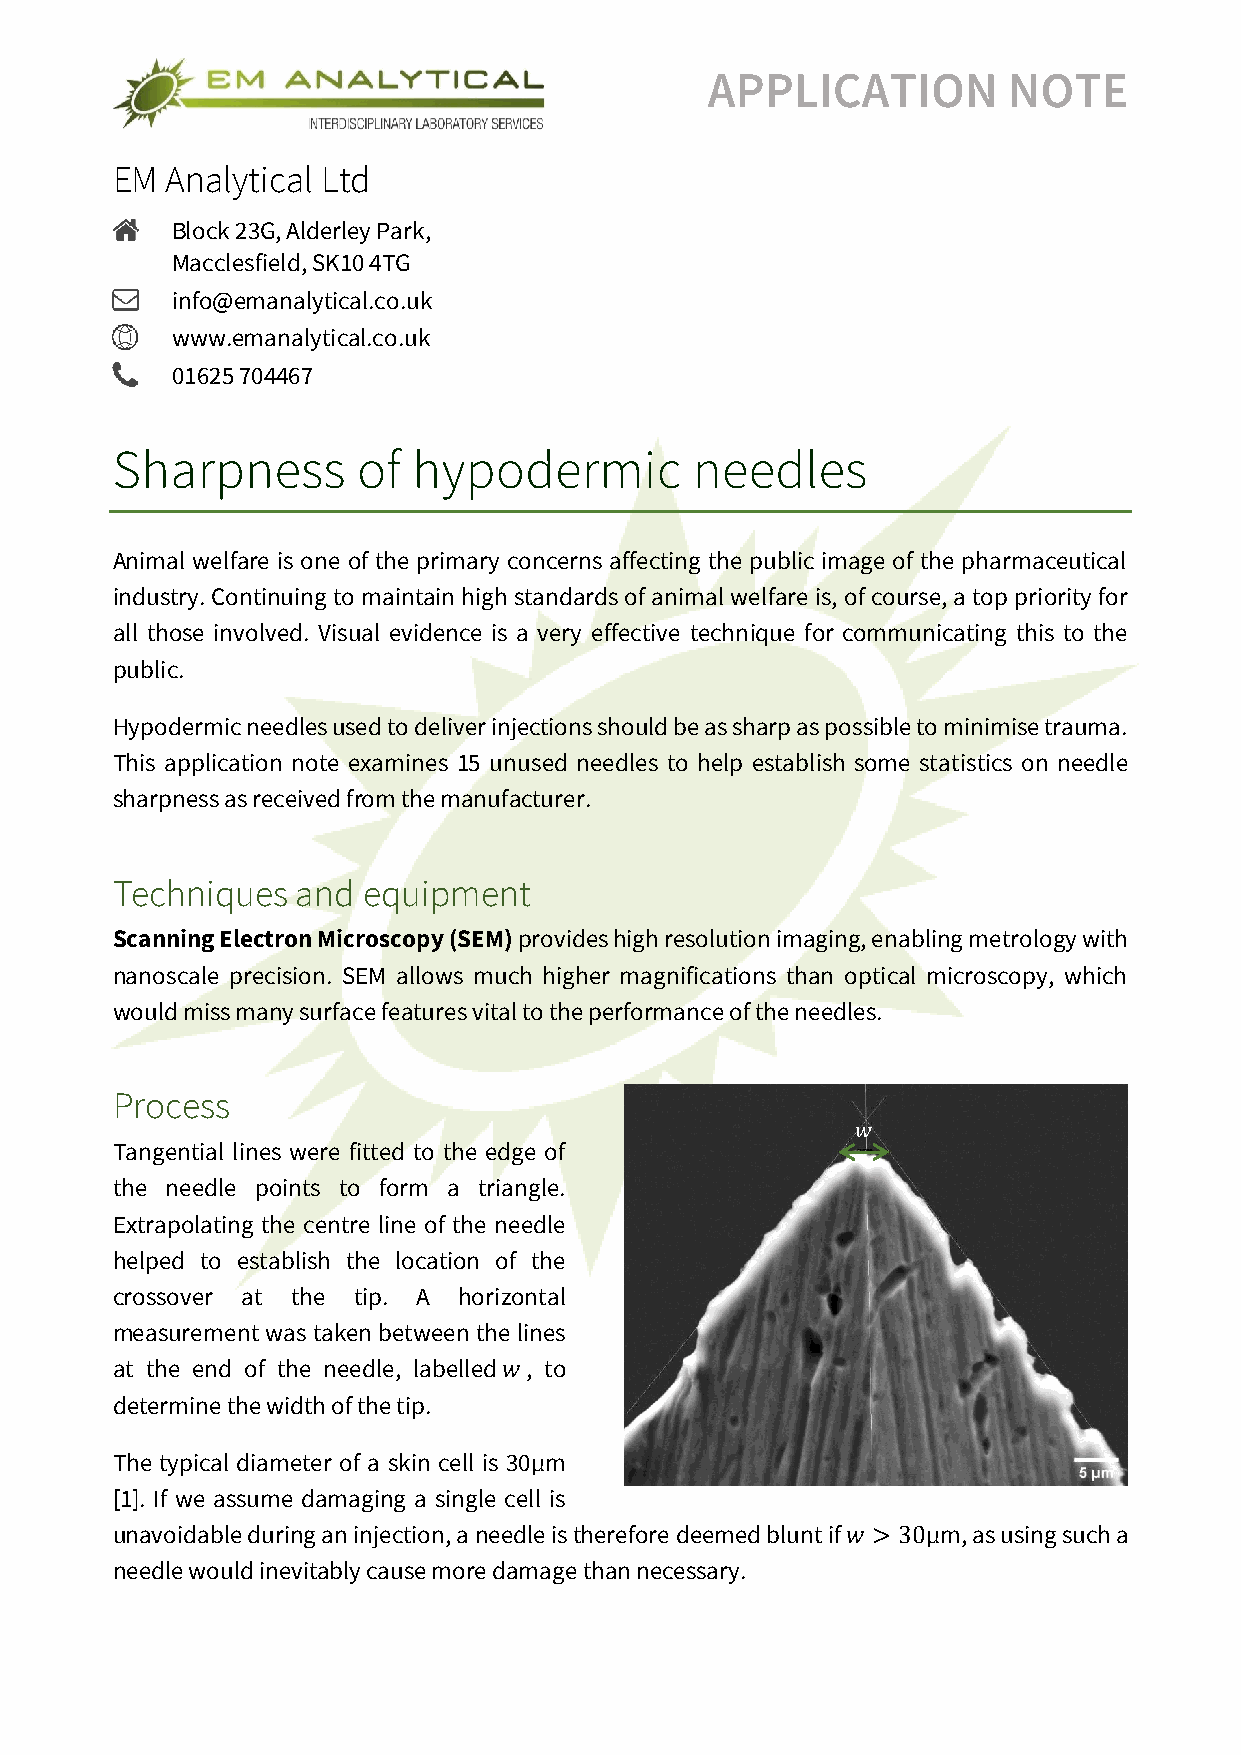
APPLICATION         NOTE
 EM  Analytical Ltd
 Block 23G, Alderley Park,
 Macclesfield, SK10 4TG
 info@emanalytical.co.uk
 www.emanalytical.co.uk
 01625 704467
 Sharpness        of hypodermic         needles
 Animal welfare is one of the primary concerns affecting the public image of the pharmaceutical
 industry. Continuing to maintain high standards of animal welfare is, of course, a top priority for
 all those involved. Visual evidence is a very effective technique for communicating this to the
 public.
 Hypodermic needles used to deliver injections should be as sharp as possible to minimise trauma.
 This application note examines 15 unused needles to help establish some statistics on needle
 sharpness as received from the manufacturer.
 Techniques   and equipment
 Scanning Electron Microscopy (SEM) provides high resolution imaging, enabling metrology with
 nanoscale precision. SEM allows much higher magnifications than optical microscopy, which
 would miss many surface features vital to the performance of the needles.
 Process
 𝑤
 Tangential lines were fitted to the edge of
 the needle points to form a triangle.
 Extrapolating the centre line of the needle
 helped to establish the location of the
 crossover at the tip. A horizontal
 measurement was taken between the lines
 at the end of the needle, labelled𝑤, to
 determine the width of the tip.
 The typical diameter of a skin cell is 30μm
 [1]. If we assume damaging a single cell is
 unavoidable during an injection, a needle is therefore deemed blunt if 𝑤 > 30μm, as using such a
 needle would inevitably cause more damage than necessary.